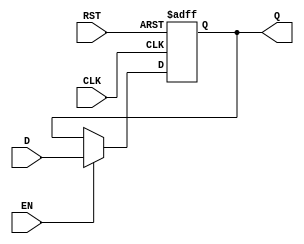
module stage_register #(
    parameter WIDTH = 8  // Parameter for register width (default is 8 bits)
) (
    input  wire [WIDTH-1:0] D,     // Data input
    input  wire CLK,                 // Clock input
    input  wire RST,                 // Reset input
    input  wire EN,                  // Enable input (optional)
    output reg  [WIDTH-1:0] Q        // Data output
);

// Asynchronous Reset Implementation
always @(posedge CLK or posedge RST) begin
    if (RST) begin
        Q <= {WIDTH{1'b0}};          // Reset to 0
    end else if (EN) begin
        Q <= D;                      // Capture input data on clock edge
    end
end

endmodule